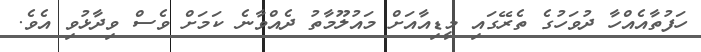
ހަފުތާއެއްހާ ދުވަހުގެ ތެރޭގައި މީޑިއާއަށް މައުލޫމާތު ދެއްވާނެ ކަމަށް ވެސް ވިދާޅުވި އެވެ.